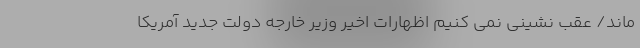
ماند/ عقب نشینی نمی کنیم اظهارات اخیر وزیر خارجه دولت جدید آمریکا